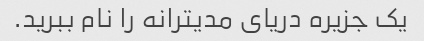
یک جزیره دریای مدیترانه را نام ببرید.